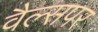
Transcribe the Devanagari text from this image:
वैल्सपर